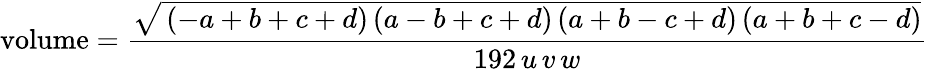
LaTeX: {\mathrm{volume}}={\frac{\sqrt{\, (-a+b+c+d)\, (a-b+c+d)\, (a+b-c+d)\, (a+b+c-d)}}{192\, u\, v\, w}}